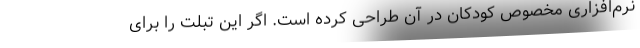
نرم‌افزاری مخصوص کودکان در آن طراحی کرده است. اگر این تبلت را برای